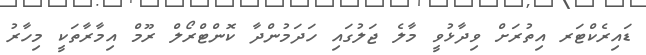
ޑައިރެކްޓަރ އިތުރަށް ވިދާޅުވީ މާލެ ޖަލުގައި ހަދަމުންދާ ކޮންޓްރޯލް ރޫމް އިމާރާތަކީ މިހާރު